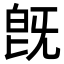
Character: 旣